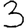
Digit: 3